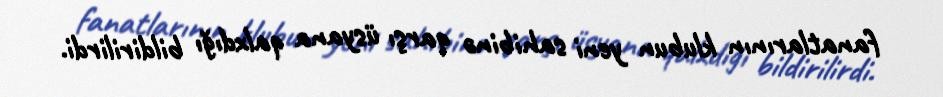
fanatlarının klubun yeni sahibinə qarşı üsyana qalxdığı bildirilirdi.